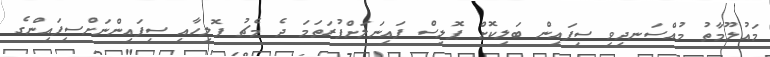
މައުލޫމާތު މުއްސަނދިވި ސިފައިން ބަލިކޮށް ޕޮލިސް ފައިނަލަށްފުރަތަމަ ދެ މެޗު ޕޮލިހާއި ސިފައިންނަށްސިފައިންގެ